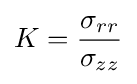
K={\frac {\sigma _{rr}}{\sigma _{zz}}}